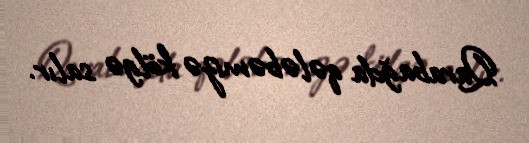
Qarabağda qələbəmizə kölgə salır.